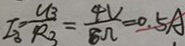
I _ { 3 } = \frac { U _ { 3 } } { R _ { 3 } } = \frac { 4 V } { 8 \Omega } = 0 . 5 A